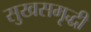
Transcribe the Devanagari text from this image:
सुखसमृद्धी